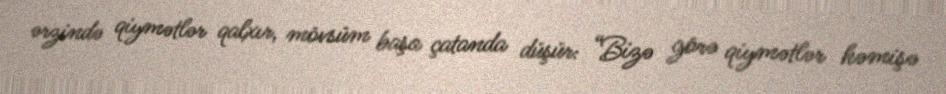
ərzində qiymətlər qalxır, mövsüm başa çatanda düşür: “Bizə görə qiymətlər həmişə